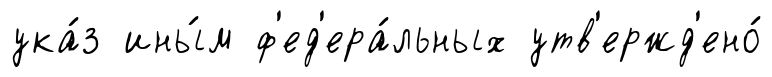
ука́з ины́м ф'ед'ера́льных утв'ержд'ено́